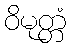
ဝိမုတ္တံ